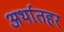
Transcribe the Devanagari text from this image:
अर्थातहर